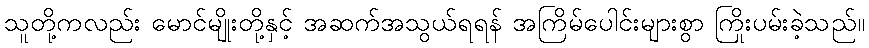
သူတို့ကလည်း မောင်မျိုးတို့နှင့် အဆက်အသွယ်ရရန် အကြိမ်ပေါင်းများစွာ ကြိုးပမ်းခဲ့သည်။